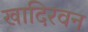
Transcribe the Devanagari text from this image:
खादिरवन